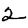
Digit: 2